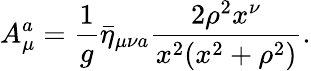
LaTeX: A_{\mu}^{a}=\frac{1}{g}\bar{\eta}_{\mu\nu a}\frac{2\rho^{2}x^{\nu}}{x^{2}(x^{2}+\rho^{2})}.